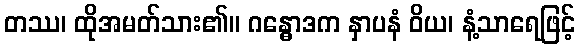
တဿ၊ ထိုအမတ်သား၏။ ဂန္ဓောဒက နှာပနံ ဝိယ၊ နံ့သာရေဖြင့်